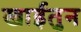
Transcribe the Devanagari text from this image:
खाईतुन